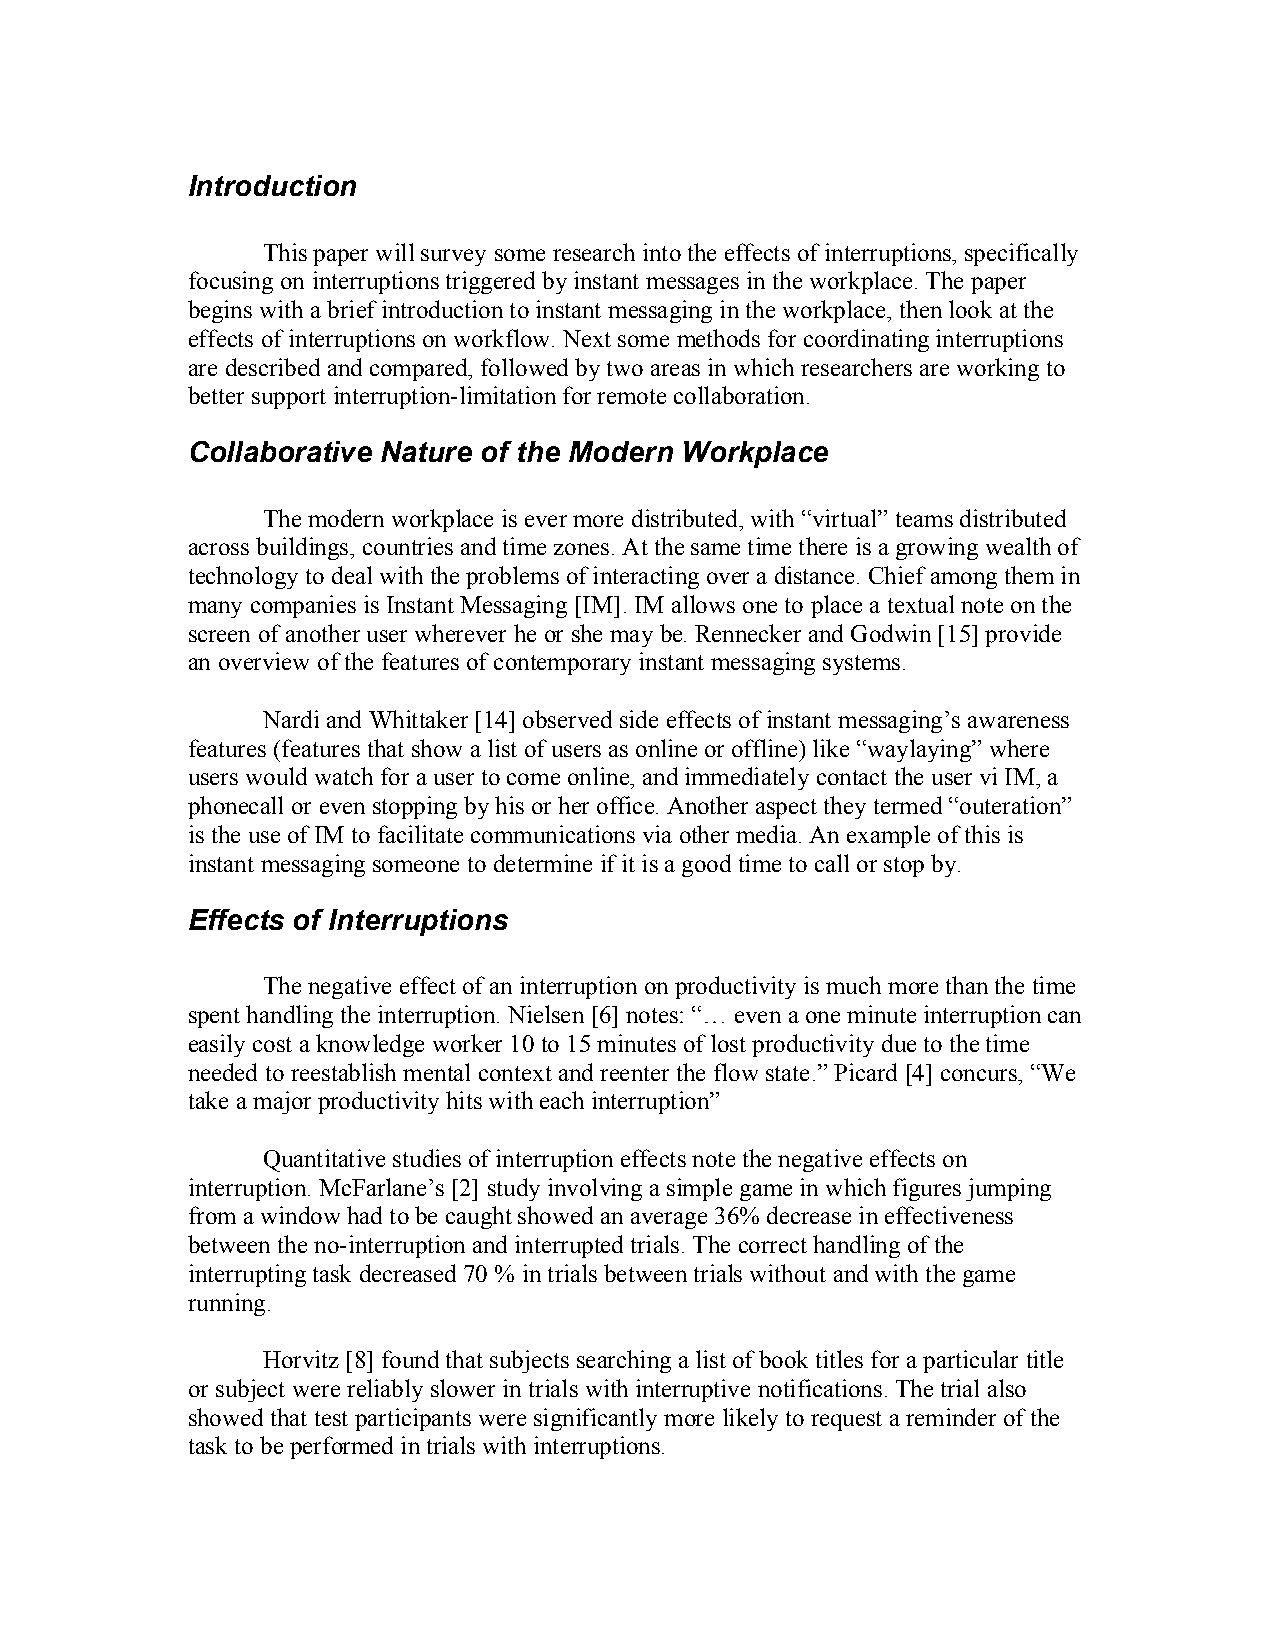
Introduction
 This paper will survey some research into the effects of interruptions, specifically
 focusing on interruptions triggered by instant messages in the workplace. The paper
 begins with a brief introduction to instant messaging in the workplace, then look at the
 effects of interruptions on workflow. Next some methods for coordinating interruptions
 are described and compared, followed by two areas in which researchers are working to
 better support interruption-limitation for remote collaboration.
 Collaborative Nature of the Modern Workplace
 The modern workplace is ever more distributed, with “virtual” teams distributed
 across buildings, countries and time zones. At the same time there is a growing wealth of
 technology to deal with the problems of interacting over a distance. Chief among them in
 many companies is Instant Messaging [IM]. IM allows one to place a textual note on the
 screen of another user wherever he or she may be. Rennecker and Godwin [15] provide
 an overview of the features of contemporary instant messaging systems.
 Nardi and Whittaker [14] observed side effects of instant messaging’s awareness
 features (features that show a list of users as online or offline) like “waylaying” where
 users would watch for a user to come online, and immediately contact the user vi IM, a
 phonecall or even stopping by his or her office. Another aspect they termed “outeration”
 is the use of IM to facilitate communications via other media. An example of this is
 instant messaging someone to determine if it is a good time to call or stop by.
 Effects of Interruptions
 The negative effect of an interruption on productivity is much more than the time
 spent handling the interruption. Nielsen [6] notes: “… even a one minute interruption can
 easily cost a knowledge worker 10 to 15 minutes of lost productivity due to the time
 needed to reestablish mental context and reenter the flow state.” Picard [4] concurs, “We
 take a major productivity hits with each interruption”
 Quantitative studies of interruption effects note the negative effects on
 interruption. McFarlane’s [2] study involving a simple game in which figures jumping
 from a window had to be caught showed an average 36% decrease in effectiveness
 between the no-interruption and interrupted trials. The correct handling of the
 interrupting task decreased 70 % in trials between trials without and with the game
 running.
 Horvitz [8] found that subjects searching a list of book titles for a particular title
 or subject were reliably slower in trials with interruptive notifications. The trial also
 showed that test participants were significantly more likely to request a reminder of the
 task to be performed in trials with interruptions.